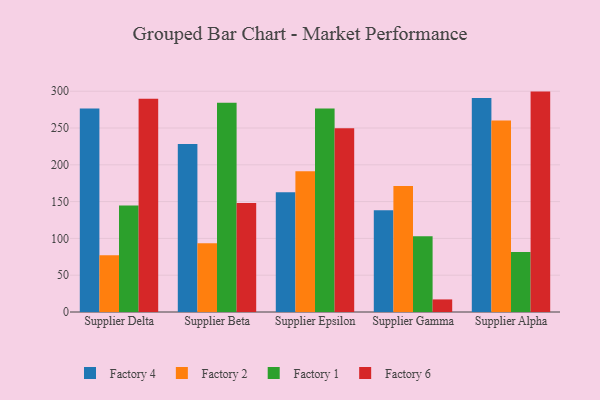
{"axis": {"x": "Supplier", "y": "Latency (ms)"}, "legend": ["Factory 1", "Factory 2", "Factory 4", "Factory 6"], "data": [{"x": "Supplier Delta", "y": 276.4, "type": "Factory 4"}, {"x": "Supplier Delta", "y": 77.1, "type": "Factory 2"}, {"x": "Supplier Delta", "y": 144.6, "type": "Factory 1"}, {"x": "Supplier Delta", "y": 289.9, "type": "Factory 6"}, {"x": "Supplier Beta", "y": 228.2, "type": "Factory 4"}, {"x": "Supplier Beta", "y": 93.5, "type": "Factory 2"}, {"x": "Supplier Beta", "y": 284.2, "type": "Factory 1"}, {"x": "Supplier Beta", "y": 148.2, "type": "Factory 6"}, {"x": "Supplier Epsilon", "y": 162.7, "type": "Factory 4"}, {"x": "Supplier Epsilon", "y": 191.2, "type": "Factory 2"}, {"x": "Supplier Epsilon", "y": 276.4, "type": "Factory 1"}, {"x": "Supplier Epsilon", "y": 249.8, "type": "Factory 6"}, {"x": "Supplier Gamma", "y": 138.1, "type": "Factory 4"}, {"x": "Supplier Gamma", "y": 171.1, "type": "Factory 2"}, {"x": "Supplier Gamma", "y": 103.1, "type": "Factory 1"}, {"x": "Supplier Gamma", "y": 17.1, "type": "Factory 6"}, {"x": "Supplier Alpha", "y": 290.7, "type": "Factory 4"}, {"x": "Supplier Alpha", "y": 260.1, "type": "Factory 2"}, {"x": "Supplier Alpha", "y": 81.4, "type": "Factory 1"}, {"x": "Supplier Alpha", "y": 299.5, "type": "Factory 6"}]}